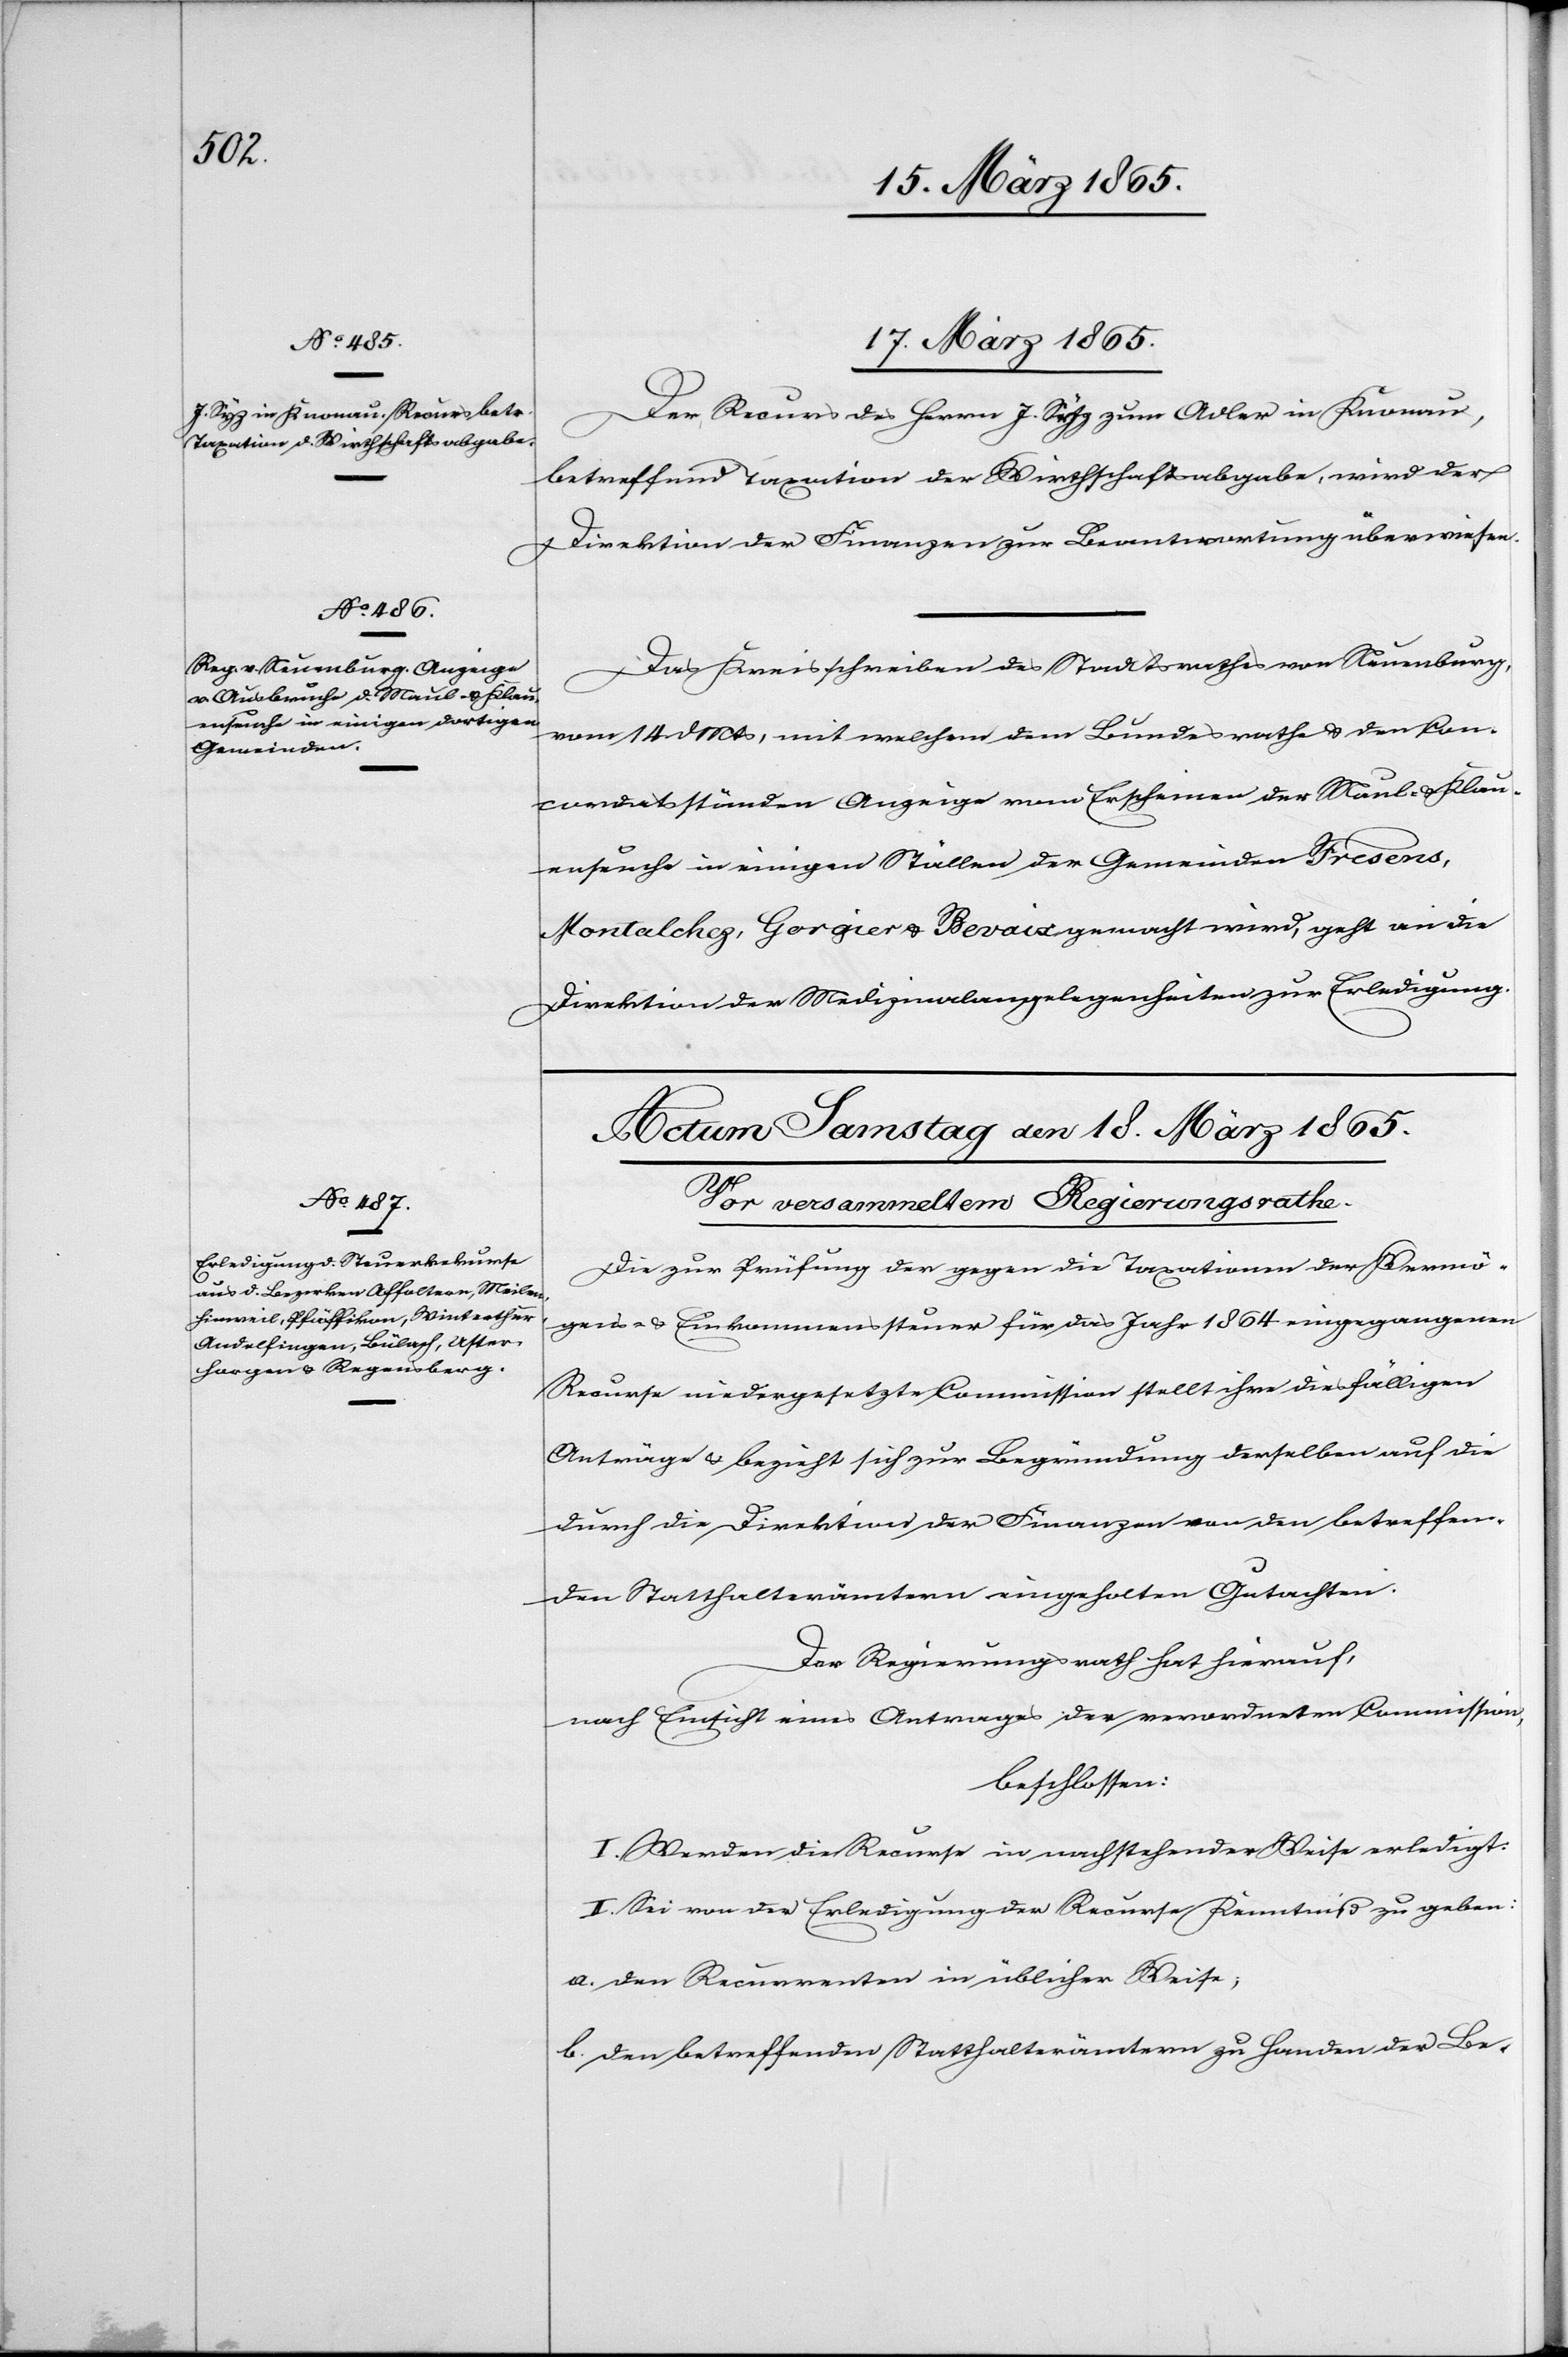
17. März 1865.]
Der Recurs des Herrn J. Syz zum Adler in Knonau,
betreffend Taxation der Wirthschaftsabgabe, wird der
Direktion der Finanzen zur Beantwortung überwiesen.
Das Kreisschreiben des Staatsrathes von Neuenburg,
vom 14. d Mts, mit welchem dem Bundesrathe & den Con¬
cordatsständen Anzeige vom Erscheinen der Maul- / Klau¬
enseuche in einigen Ställen der Gemeinden Fresens,
Montalchez, Gorgier & Bevaix gemacht wird, geht an die
Direktion der Medizinalangelegenheiten zur Erledigung.
Die zur Prüfung der gegen die Taxationen der Vermö¬
gens- & Einkommenssteuer für dsa Jahr 1864 eingegangenen
Recurse niedergesetzte Commission stellt ihre diesfälligen
Anträge & bezieht sich zur Begründung derselben auf die
durch die Direktion der Finanzen von den betreffen¬
den Statthalterämtern eingeholten Gutachten.
Der Regierungsrath hat hierauf,
nach Einsicht eines Antrages der verordneten Commission,
beschlossen:
I. Werden die Recurse in nachstehender Weise erledigt:
II. Sei von der Erledigung der Recurse Kenntniß zu geben:
a. den Recurrenten in üblicher Weise;
b. den betreffenden Statthalterämtern zu Handen der Be-